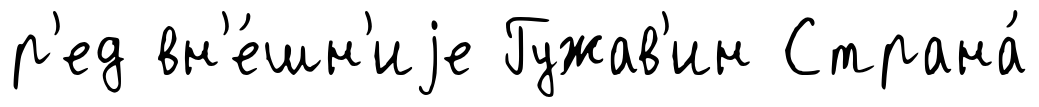
р'ед вн'е́шн'иjе Гужав'ин Страна́